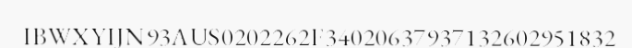
IBWXYIJN93AUS0202262F34020637937132602951832